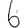
Digit: 6